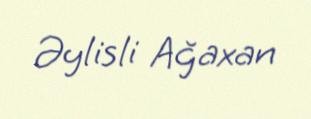
Əylisli Ağaxan